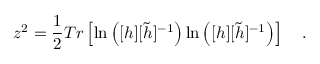
z ^ { 2 } = \frac { 1 } { 2 } T r \left[ \ln \left( [ h ] [ \tilde { h } ] ^ { - 1 } \right) \ln \left( [ h ] [ \tilde { h } ] ^ { - 1 } \right) \right] ~ ~ ~ . \nonumber